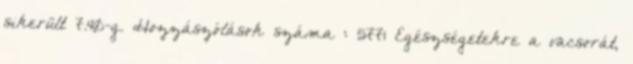
sikerült 7.40-g. Hozzászólások száma : 5771 Egészségetekre a vacsorát,